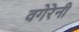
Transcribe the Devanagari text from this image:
वगेरेनी